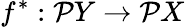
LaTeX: f^{*}:{\mathcal{P}}Y\to{\mathcal{P}}X